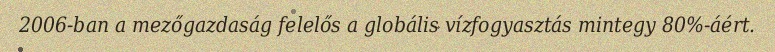
2006-ban a mezőgazdaság felelős a globális vízfogyasztás mintegy 80%-áért.